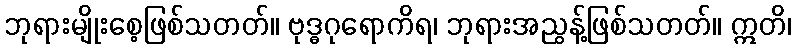
ဘုရားမျိုးစေ့ဖြစ်သတတ်။ ဗုဒ္ဓဂုရောကိရ၊ ဘုရားအညွန့်ဖြစ်သတတ်။ ဣတိ၊